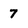
Character: 7